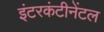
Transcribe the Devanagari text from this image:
इंटरकंटीनेंटल